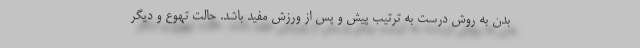
بدن به روش درست به ترتیب پیش و پس از ورزش مفید باشد. حالت تهوع و دیگر